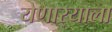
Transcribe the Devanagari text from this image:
येणार्‍याला